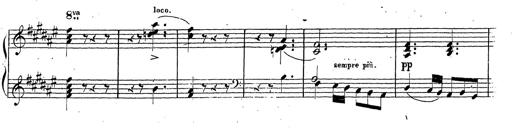
Title: Canzone Napolitana
Composer: Franz Liszt